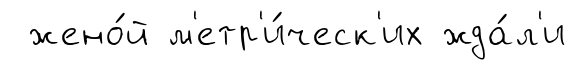
жено́й м'етр'и́ческ'их жда́л'и